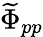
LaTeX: \widetilde\Phi_{pp}